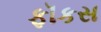
ફૉકસ